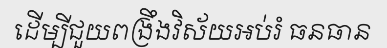
ដើម្បីជួយពង្រឹងវិស័យអប់រំ ធនធាន